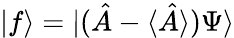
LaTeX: |f\rangle=|({\hat{A}}-\langle{\hat{A}}\rangle)\Psi\rangle